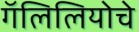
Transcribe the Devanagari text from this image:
गॅलिलियोचे